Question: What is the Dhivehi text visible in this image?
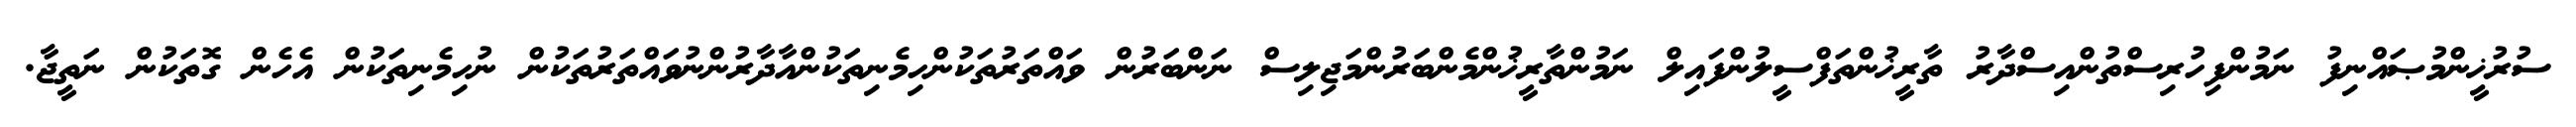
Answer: ސުރުޚީންމުޞައްނިފު ނަމުންފިހުރިސްތުންއިސްދާރު ތާރީޚުންތަފްސީލުންފައިލް ނަމުންތާރީޚުންމެންބަރުންމަޖިލިސް ނަންބަރުން ވައްތަރުތަކުންހިމެނިތަކުންއާދާރުންނުވައްތަރުތަކުން ނުހިމެނިތަކުން އެހެން ގޮތަކުން ނަތީޖާ.